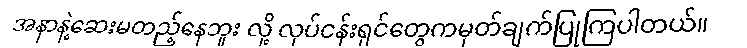
အနာနဲ့ဆေးမတည့်နေဘူး လို့ လုပ်ငန်းရှင်တွေကမှတ်ချက်ပြုကြပါတယ်။